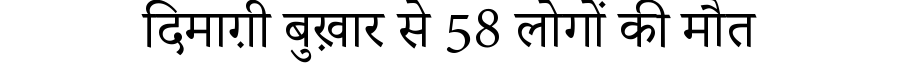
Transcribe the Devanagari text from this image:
दिमाग़ी बुख़ार से 58 लोगों की मौत